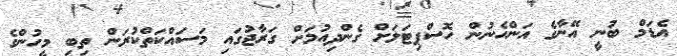
އެޑަމް ބުނީ އޭނާގެ އަންހެނުން ހޮސްޕިޓަލަށް ގެންދިއުމަށް ގަރާޖުގައި މަސައްކަތްކުރަން ތިބި މީހުންގެ